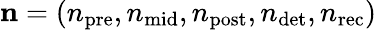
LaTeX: {\mathbf n}=\left(n_{\mathrm{pre}},n_{\mathrm{mid}},n_{\mathrm{post}},n_{\mathrm{det}},n_{\mathrm{rec}}\right)